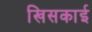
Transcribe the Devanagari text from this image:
खिसकाई